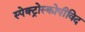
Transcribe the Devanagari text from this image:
स्पेक्ट्रोस्कोपीविद